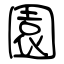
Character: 園